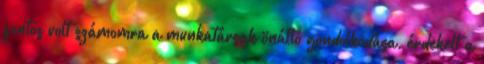
fontos volt számomra a munkatársak önálló gondolkodása, érdekelt a